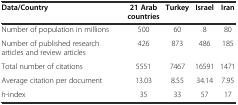
<table><thead><tr><td><b>Data/Country</b></td><td><b>21 Arab countries</b></td><td><b>Turkey</b></td><td><b>Israel</b></td><td><b>Iran</b></td></tr></thead><tbody><tr><td>Number of population in millions</td><td>500</td><td>60</td><td>8</td><td>80</td></tr><tr><td>Number of published research articles and review articles</td><td>426</td><td>873</td><td>486</td><td>185</td></tr><tr><td>Total number of citations</td><td>5551</td><td>7467</td><td>16591</td><td>1471</td></tr><tr><td>Average citation per document</td><td>13.03</td><td>8.55</td><td>34.14</td><td>7.95</td></tr><tr><td><i>h</i>-index</td><td>35</td><td>33</td><td>57</td><td>17</td></tr></tbody></table>